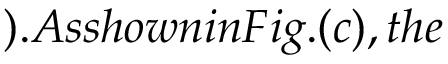
) . A s s h o w n i n F i g . ( c ) , t h e